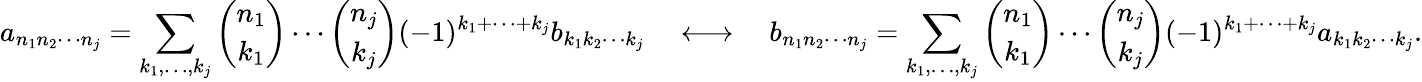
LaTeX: a_{n_{1}n_{2}\cdots n_{j}}=\sum_{k_{1},\ldots,k_{j}}{\binom{n_{1}}{k_{1}}}\cdots{\binom{n_{j}}{k_{j}}}(-1)^{k_{1}+\cdots+k_{j}}b_{k_{1}k_{2}\cdots k_{j}}\quad\longleftrightarrow\quad b_{n_{1}n_{2}\cdots n_{j}}=\sum_{k_{1},\ldots,k_{j}}{\binom{n_{1}}{k_{1}}}\cdots{\binom{n_{j}}{k_{j}}}(-1)^{k_{1}+\cdots+k_{j}}a_{k_{1}k_{2}\cdots k_{j}}.